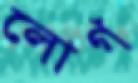
লোগ